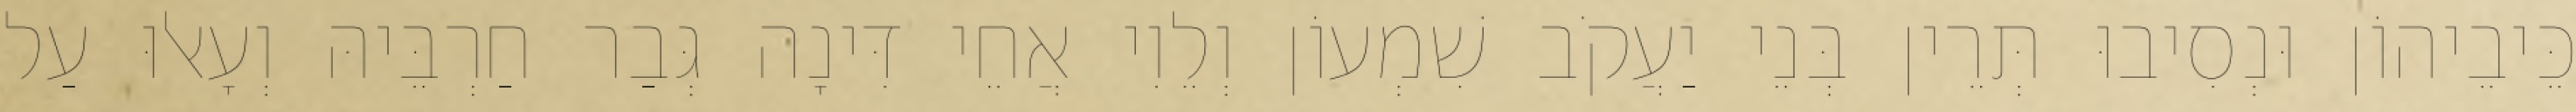
כֵּיבֵיהוֹן וּנְסִיבוּ תְּרֵין בְּנֵי יַעֲקֹב שִׁמְעוֹן וְלֵוִי אֲחֵי דִּינָה גְּבַר חַרְבֵּיהּ וְעָאלוּ עַל